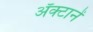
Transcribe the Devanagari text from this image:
अॅक्टानें